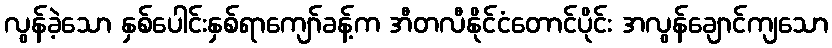
လွန်ခဲ့သော နှစ်ပေါင်းနှစ်ရာကျော်ခန့်က အီတလီနိုင်ငံတောင်ပိုင်း အလွန်ချောင်ကျသော